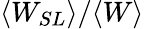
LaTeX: {\langle W_{SL}\rangle}/{\langle W\rangle}